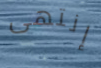
إنتهى